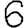
Digit: 6